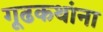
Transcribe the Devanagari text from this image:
गूढकथांना